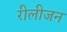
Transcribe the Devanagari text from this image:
रीलीजन